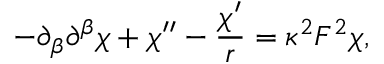
- \partial _ { \beta } \partial ^ { \beta } \chi + \chi ^ { \prime \prime } - \frac { \chi ^ { \prime } } { r } = \kappa ^ { 2 } F ^ { 2 } \chi ,